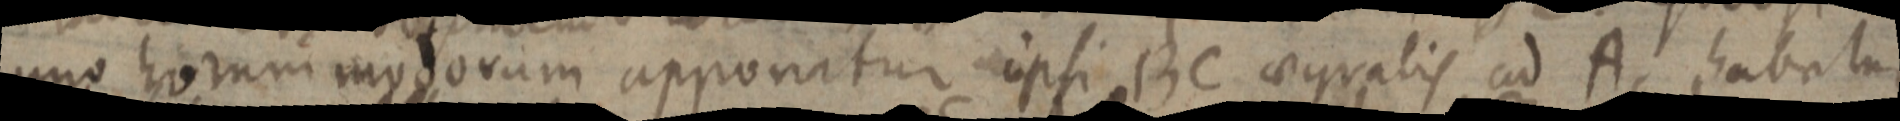
uno horum modorum apponatur ipsi BC aequalis ad A habetur